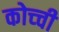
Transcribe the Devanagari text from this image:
कोच्‍ची